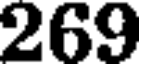
269